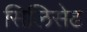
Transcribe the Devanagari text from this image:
सिलिसेढ